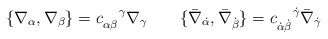
\begin{align*}\{\nabla_{\alpha},\nabla_{\beta}\}=c_{\alpha \beta}^{\enspace \enspace \gamma}\nabla_{\gamma}\qquad\{\bar \nabla_{\dot \alpha},\bar \nabla_{\dot \beta}\}=c_{\dot \alpha \dot \beta}^{\enspace \enspace \dot\gamma}\bar \nabla_{\dot \gamma}\end{align*}